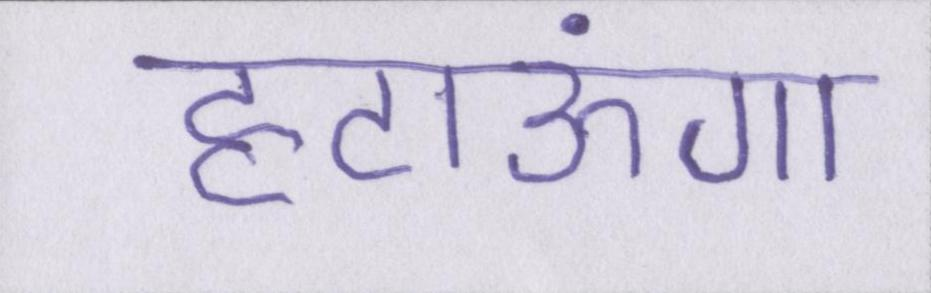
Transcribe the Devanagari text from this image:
हटाऊंगा